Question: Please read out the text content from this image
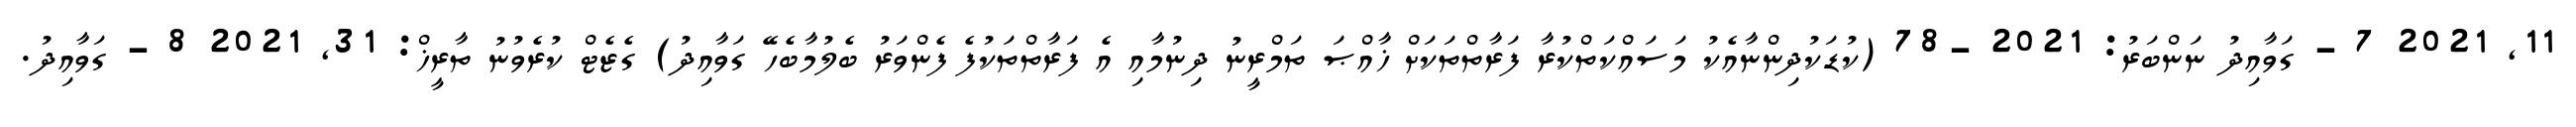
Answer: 11, 2021 7 - ގަވާއިދު ނަންބަރު: 2021 -78 (ކުޑަކުދިންނާއެކު މަސައްކަތްކުރާ ފަރާތްތަކަށް ޚާއްޞަ ތަމްރީނު ދިނުމާއި އެ ފަރާތްތަކުފެ ފެންވަރު ބެލުމާބެހޭ ގަވާއިދު) ގެޒެޓް ކުރެވުނު ތާރީޚް: 31, 2021 8 - ގަވާއިދު.